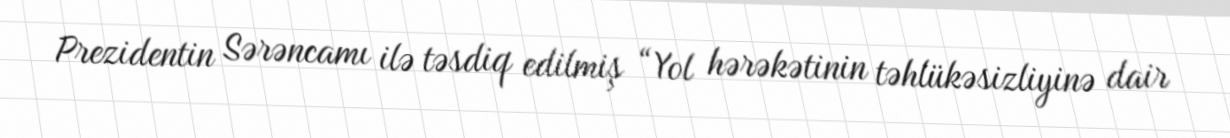
Prezidentin Sərəncamı ilə təsdiq edilmiş “Yol hərəkətinin təhlükəsizliyinə dair